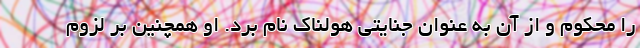
را محکوم و از آن به عنوان جنایتی هولناک نام برد. او همچنین بر لزوم